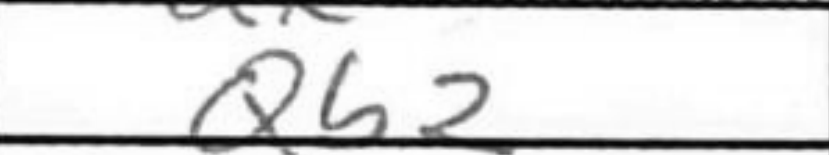
Transcription: Qb2